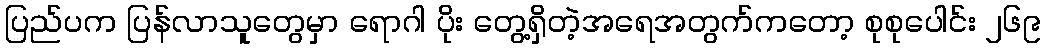
ပြည်ပက ပြန်လာသူတွေမှာ ရောဂါ ပိုး တွေ့ရှိတဲ့အရေအတွက်ကတော့ စုစုပေါင်း ၂၆၉